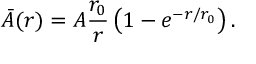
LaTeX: \bar { A } ( r ) = A \frac { r _ { 0 } } { r } \left( 1 - e ^ { - r / r _ { 0 } } \right) .